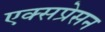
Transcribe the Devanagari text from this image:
एक्सप्रेसन